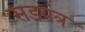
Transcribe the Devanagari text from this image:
सडयंत्र